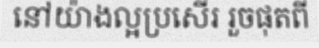
នៅយ៉ាងល្អប្រសើរ រួចផុតពី